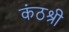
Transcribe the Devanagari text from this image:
कंठश्री